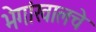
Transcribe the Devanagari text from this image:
भेगांखालचे